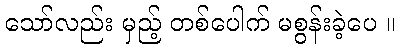
သော်လည်း မှည့် တစ်ပေါက် မစွန်းခဲ့ပေ ။